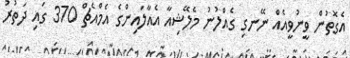
އެގޮތުން ވީނުވީއެއް ނޭނގި ގެއްލުނު މެލޭޝިއާ އެއާލައިންގެ އެމްއެޗް 370 ގައި ދަތުރު